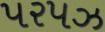
પરપઝ